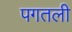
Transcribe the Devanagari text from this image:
पगतली